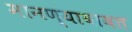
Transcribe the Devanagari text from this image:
मानण्याबाबत